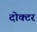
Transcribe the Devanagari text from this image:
दोक्टर